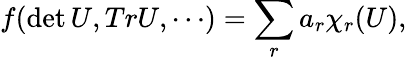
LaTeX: f(\operatorname*{det}U,TrU,\cdots)=\sum_{r}a_{r}\chi_{r}(U),